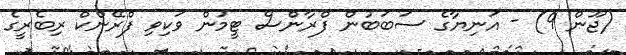
(ޖޫން 9) - އަނިޔާގެ ސަބަބުން ފްރާންސް ޓީމުން ވަކިވި ފްރޭންކް ރިބެރީގެ